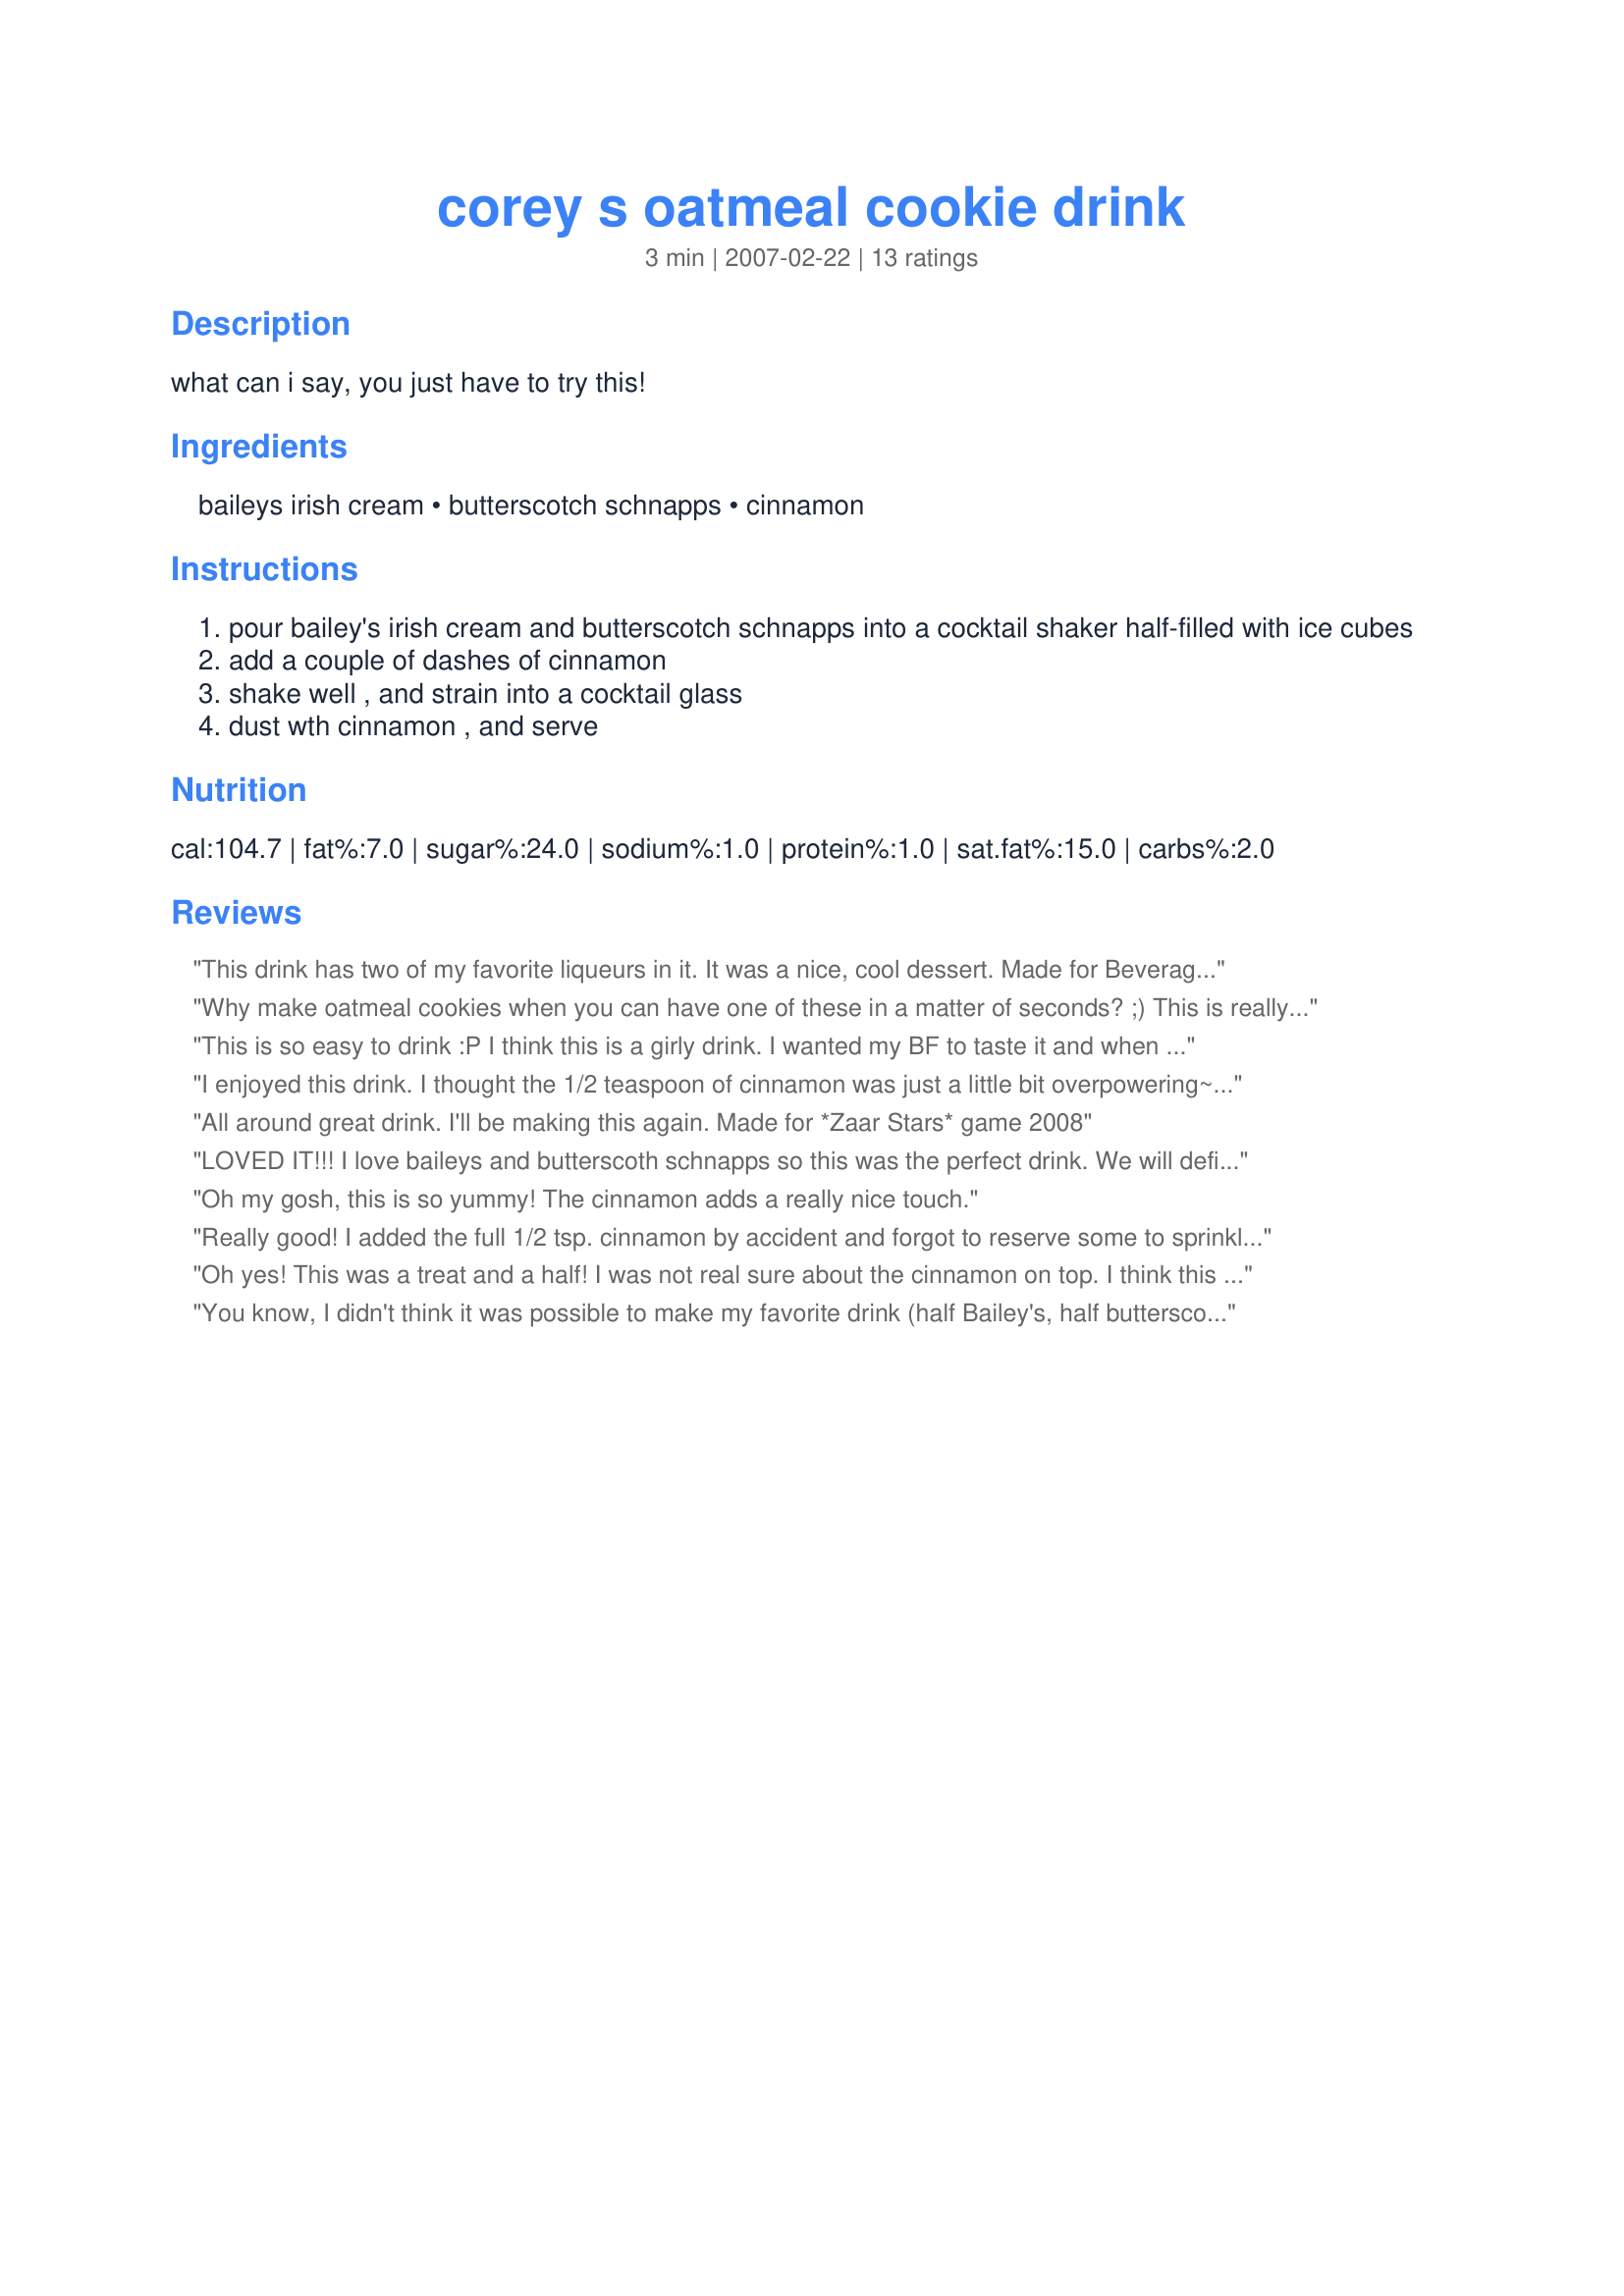
corey s oatmeal cookie drink
Preparation time: 3 minutes

what can i say, you just have to try this!

Ingredients:
baileys irish cream, butterscotch schnapps, cinnamon

Steps:
pour bailey's irish cream and butterscotch schnapps into a cocktail shaker half-filled with ice cubes
add a couple of dashes of cinnamon
shake well , and strain into a cocktail glass
dust wth cinnamon , and serve

Reviews:
This drink has two of my favorite liqueurs in it. It was a nice, cool dessert. Made for Beverage Tag.
Why make oatmeal cookies when you can have one of these in a matter of seconds? ;) This is really, really good! I sprinkled a little cinnamon in the shaker and sprinkled a little on top ~ resulting in a fabulous treat. Thank you for sharing this with us, Annacia : ) I enjoyed it!
This is so easy to drink :P I think this is a girly drink. I wanted my BF to taste it and when I told him there was baileys in it, he said no. I can't give him something with baileys. I really love the taste. I'm drinking it right now as I review it :) I poured the drink with the ice in a cocktail glass. Thanks Annacia :) Made for Zaar Star Game.
I enjoyed this drink. I thought the 1/2 teaspoon of cinnamon was just a little bit overpowering~next time would cut it down to 1/4 teaspoon. Thanks, Annacia, it does taste like an oatmeal cookie! :-)
All around great drink. I'll be making this again. Made for *Zaar Stars* game 2008
LOVED IT!!! I love baileys and butterscoth schnapps so this was the perfect drink. We will definitely be making this again!!! Made for Zaar Stars tag!!!
Oh my gosh, this is so yummy! The cinnamon adds a really nice touch.
Really good! I added the full 1/2 tsp. cinnamon by accident and forgot to reserve some to sprinkle on the top. No problem it still tasted wonderful. I also don't have a cocktail shaker so I used a travel mug :) Thanks Annacia
Oh yes! This was a treat and a half! I was not real sure about the cinnamon on top. I think this is fantastic with or without that. It does add a touch of cinnamon that makes this taste like an oatmeal cookie. The shot is amazing with the buttershots and bailey's alone. Thanks diner! *Made for Bevy Tag*
You know, I didn't think it was possible to make my favorite drink (half Bailey's, half butterscotch schnapps) better. I also didn't think to put cinnamon in it. YUM!
YES! This is sooooooo good! Definately for sipping. Creamy, butterscotchy and with the perfect hint of cinnamon. Made for the Zaar Stars tag game.
I loved this! I love Bailey's and Buttershots anyhow, but I never thought of adding cinnamon before. Very nice, thanks for posting!
Absolutely divine, these are so smooth they could really get you into a lot of trouble!!! LOL.
Made for ZWT III.
